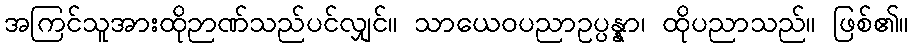
အကြင်သူအားထိုဉာဏ်သည်ပင်လျှင်။ သာယေဝပညာဥပ္ပန္နာ၊ ထိုပညာသည်။ ဖြစ်၏။